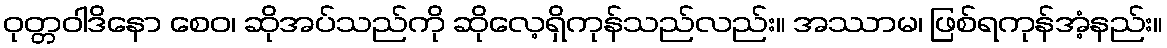
ဝုတ္တဝါဒိနော စေဝ၊ ဆိုအပ်သည်ကို ဆိုလေ့ရှိကုန်သည်လည်း။ အဿာမ၊ ဖြစ်ရကုန်အံ့နည်း။